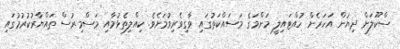
ސްކޫލަށް ދިޔުން އަހަރެން ހުއްޓައިލީ މަންމަގެ މަސައްކަތުގައި ވާގިވެރިވުމަށެވެ. ކިއްލިތެޅުމާއި މަސްމިރުސް ތައްޔާރުކުރުމުގައި